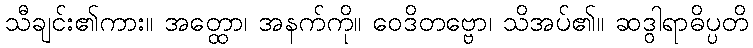
သီချင်း၏ကား။ အတ္ထော၊ အနက်ကို။ ဝေဒိတဗ္ဗော၊ သိအပ်၏။ ဆဒွါရာဓိပ္ပတိ